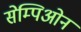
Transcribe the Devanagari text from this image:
सेम्पिओन